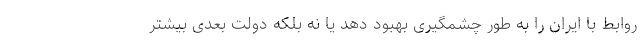
روابط با ایران را به طور چشمگیری بهبود دهد یا نه بلکه دولت بعدی بیشتر